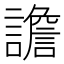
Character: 譫